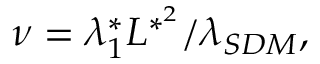
\nu = \lambda _ { 1 } ^ { * } L ^ { * ^ { 2 } } / \lambda _ { S D M } ,